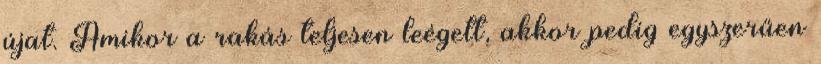
újat. Amikor a rakás teljesen leégett, akkor pedig egyszerűen